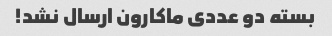
بسته دو عددی ماکارون ارسال نشد!